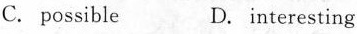
C. possible D. interesting